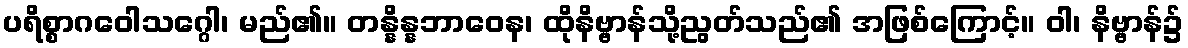
ပရိစ္စာဂဝေါသဂ္ဂေါ၊ မည်၏။ တန္နိန္နဘာဝေန၊ ထိုနိဗ္ဗာန်သို့ညွတ်သည်၏ အဖြစ်ကြောင့်။ ဝါ၊ နိဗ္ဗာန်၌